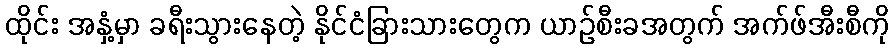
ထိုင်း အနှံ့မှာ ခရီးသွားနေတဲ့ နိုင်ငံခြားသားတွေက ယာဉ်စီးခအတွက် အက်ဖ်အီးစီကို